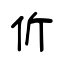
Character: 伒